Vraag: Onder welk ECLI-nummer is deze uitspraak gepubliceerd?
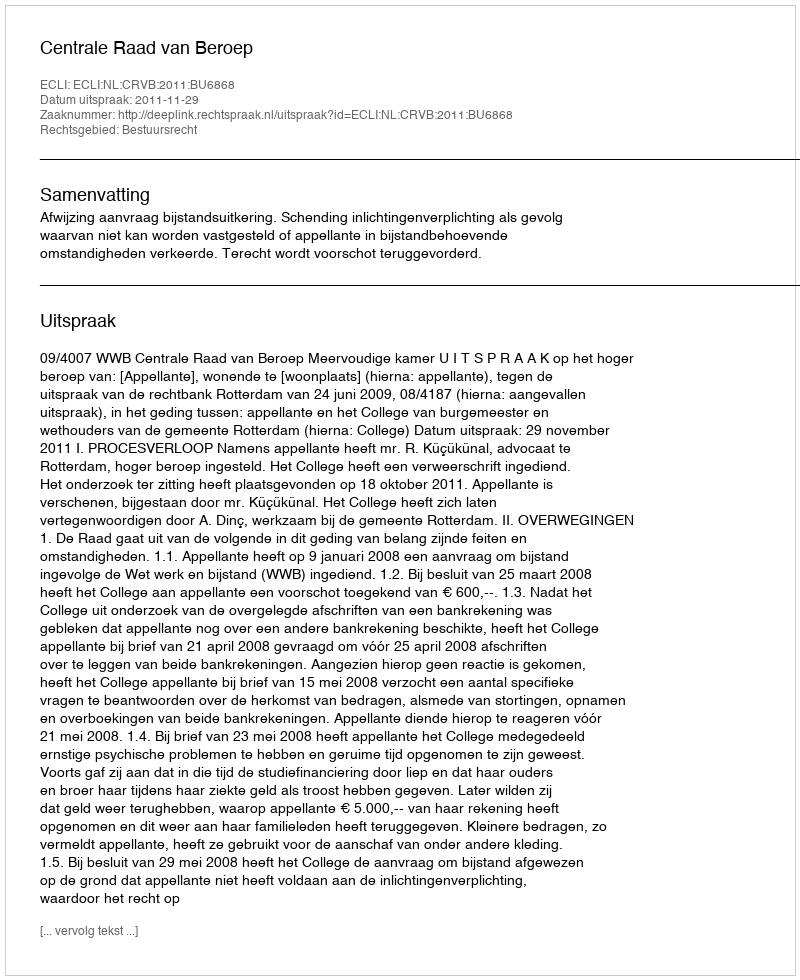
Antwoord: ECLI:NL:CRVB:2011:BU6868